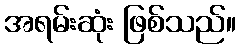
အရမ်းဆုံး ဖြစ်သည်။